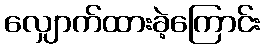
လျှောက်ထားခဲ့ကြောင်း